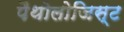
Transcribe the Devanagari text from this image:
पैथोलोजिस्ट